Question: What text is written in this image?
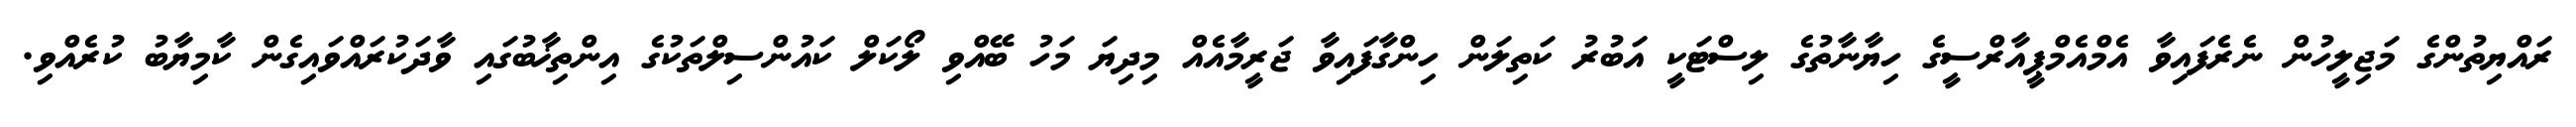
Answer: ރައްޔިތުންގެ މަޖިލީހުން ނެރެފައިވާ އެމްއެމްޕީއާރްސީގެ ހިޔާނާތުގެ ލިސްޓަކީ އަބުރު ކަތިލަން ހިންގާފައިވާ ޖަރީމާއެއް މިދިޔަ މަހު ބޭއްވި ލޯކަލް ކައުންސިލްތަކުގެ އިންތިޚާބުގައި ވާދަކުރައްވައިގެން ކާމިޔާބު ކުރެއްވި.